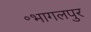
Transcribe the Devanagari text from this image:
॰भागलपुर